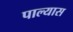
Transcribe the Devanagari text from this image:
पाल्यास